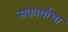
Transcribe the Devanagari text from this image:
सकार्याचा